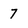
Character: 7